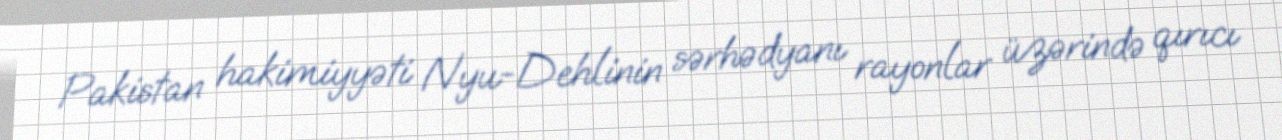
Pakistan hakimiyyəti Nyu-Dehlinin sərhədyanı rayonlar üzərində qırıcı